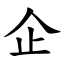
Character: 企